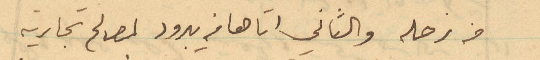
من زحله والثاني اتاها من يبرود لمصالح تجارية